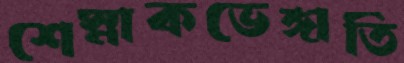
শেস্নাকভেঙ্গাতি